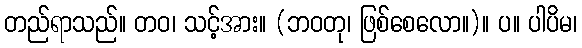
တည်ရာသည်။ တဝ၊ သင့်အား။ (ဘဝတု၊ ဖြစ်စေလော။)။ ပ။ ပါပိမ၊